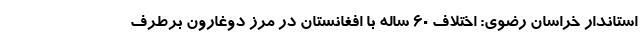
استاندار خراسان رضوی: اختلاف ۶۰ ساله با افغانستان در مرز دوغارون برطرف